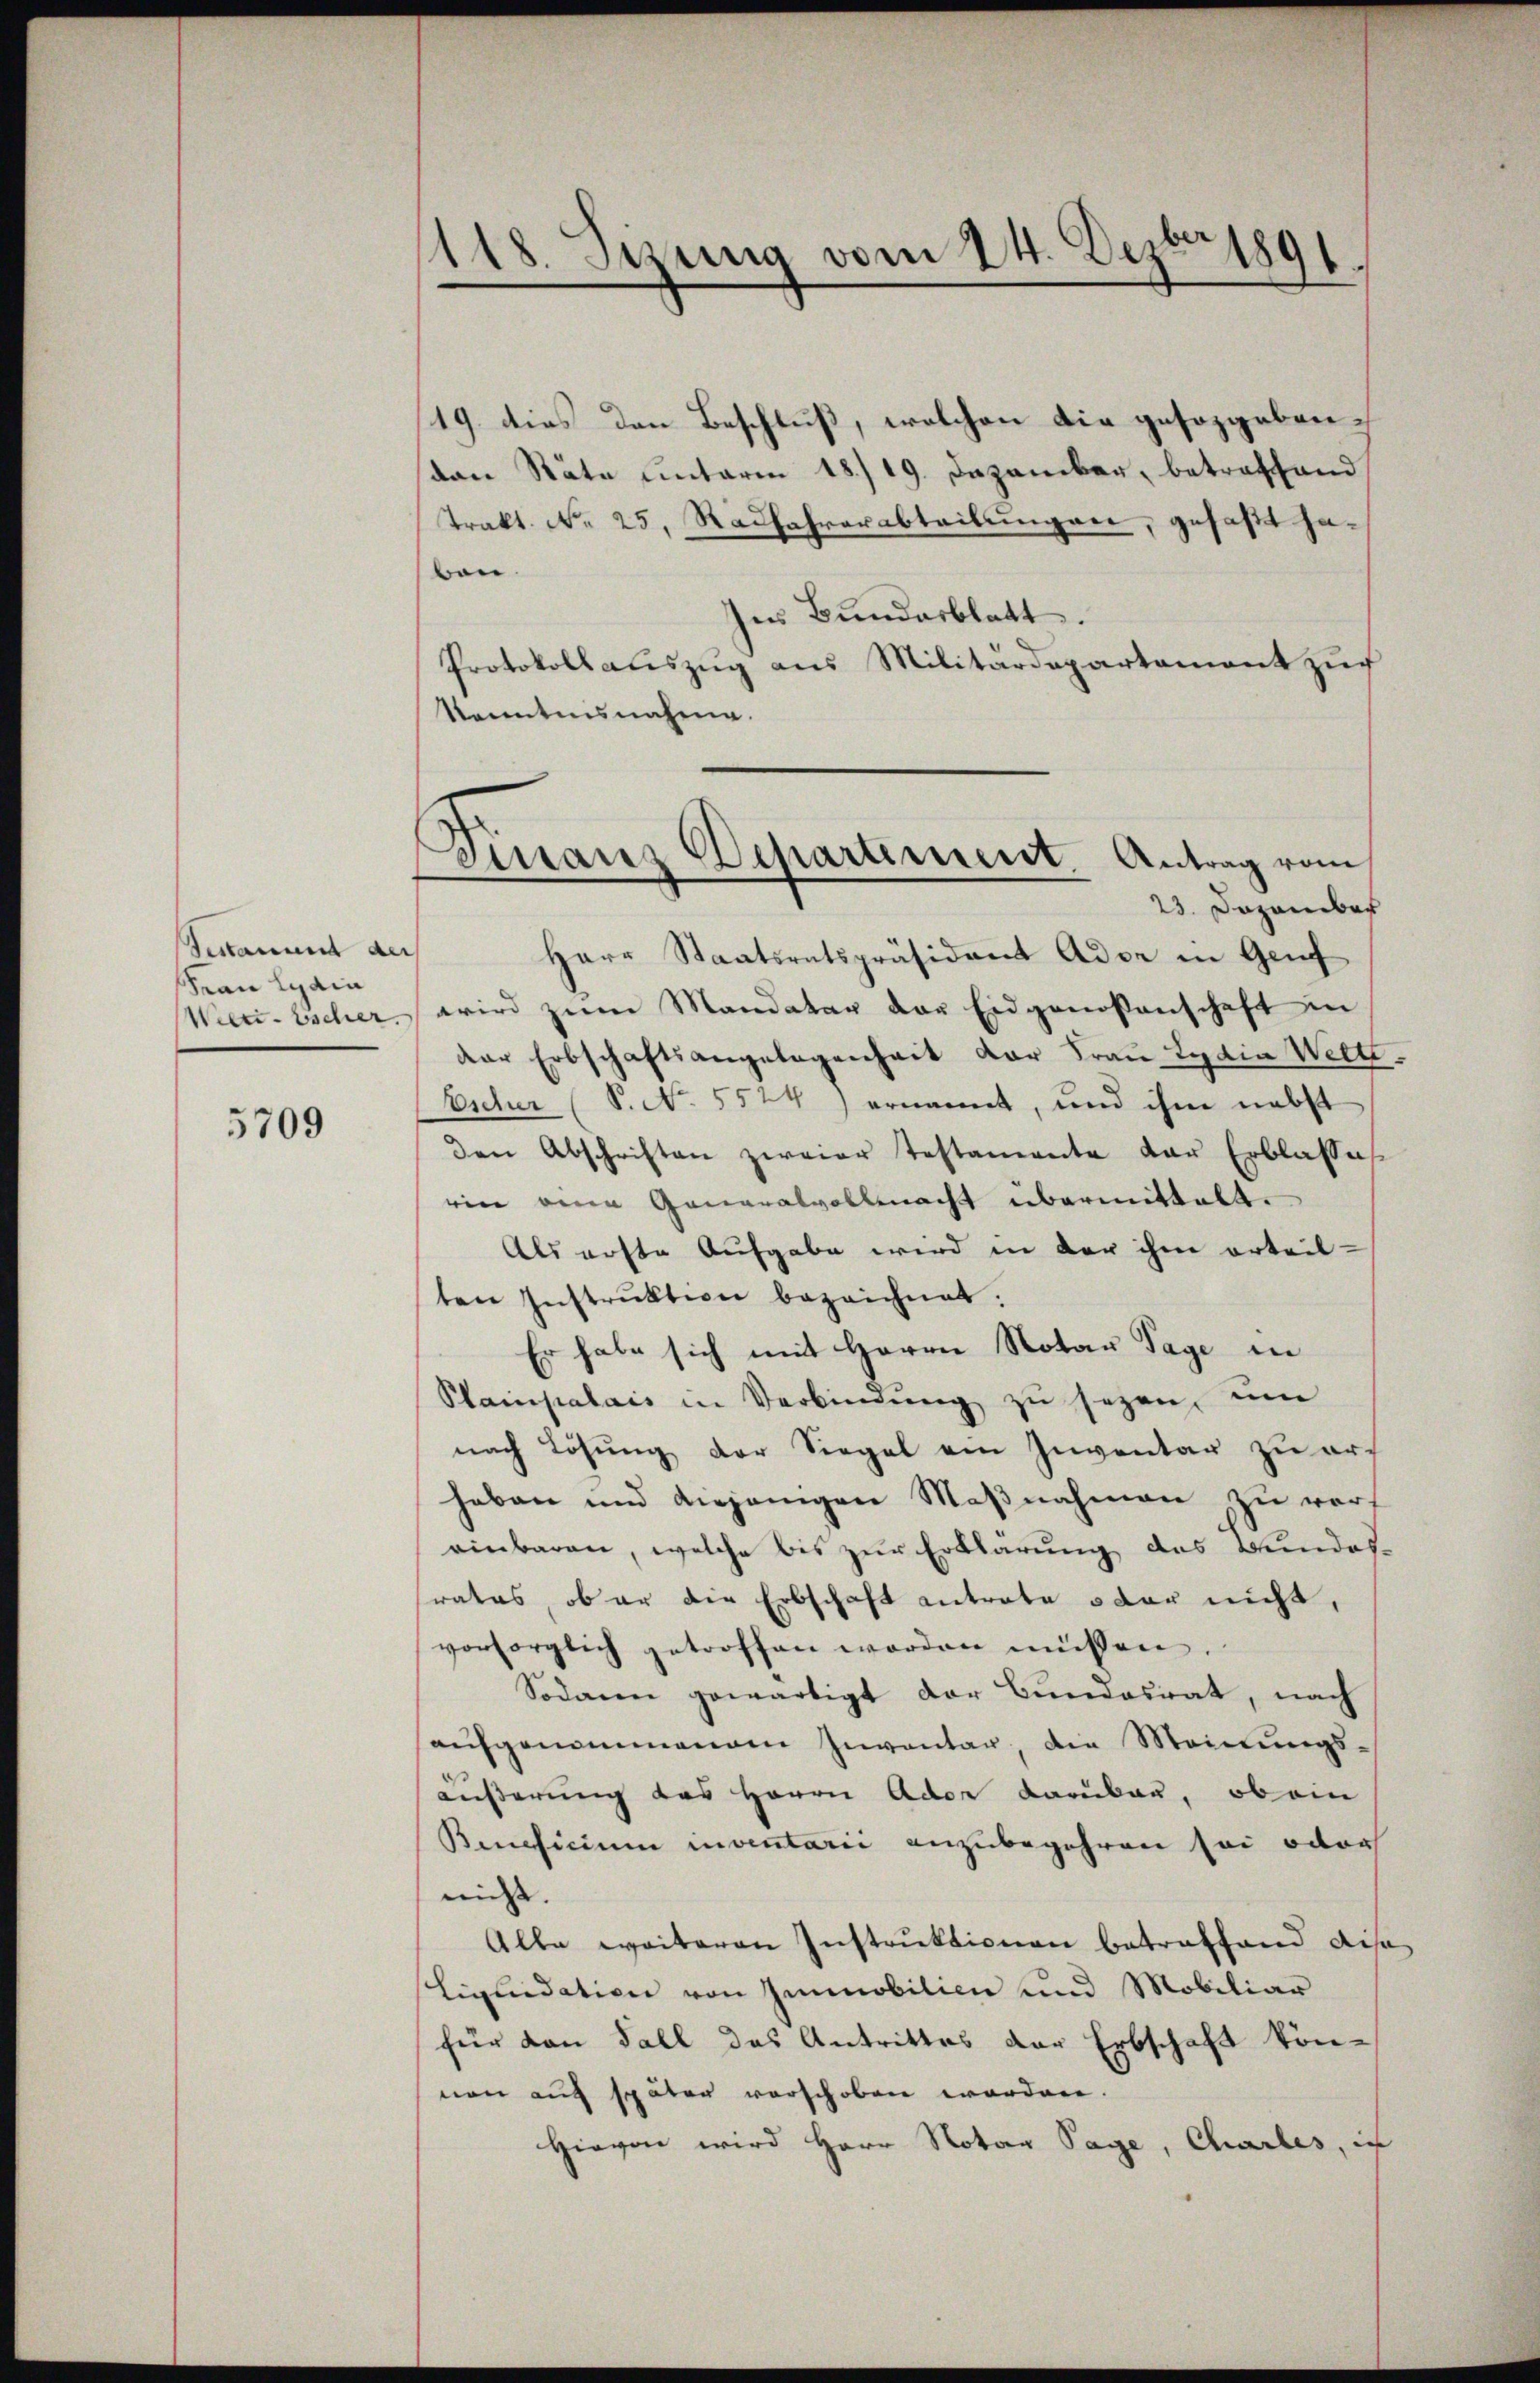
Besammt der
Frau Lyaia
Weeri-Escher.

5709

118. Sitzung vom 24. Dezbr 1891.

19. dies den Beschluß, welchen die gesorgebensten Räte unterm 18./19. Dezember, betreffend
Trakt. N. 25. Radfahrerabteilungen, gefaßt haben.
Ins Bundesblatt.
Protokollauszug aus Militärdepartement zuf
Kenntnisnahme.
Herr Staatsratspräsident Adve in Genf
wird zum Mandatar der Eidgenossenschaft in
der Erbschaftsangelegenheit der Fraŭ Lyaia Welt.
Escher (S. No. 5524, ernannt, und ihm nebst
den Abschriften zweier Testamente der Erblasses
ein eine Generalvollmacht übermittelt.
Als erste Aufgabe wird in der ihm erteil-
ten Instrŭktion bezeichnet.
Er habe sich mit Herrn Notar Tage in
Plampalais in Verbindŭng zŭ sezen, um
nach Lösung der Siegel ein Inventar zu erf
haben und diejenigen Maβnahmen zu warf
einbaren, welche bis zur Erklärung des Bundes-
srates, ob er die Erbschaft antrate u dar nicht,
vorsorglich getroffen worden müssen.
Sodann gewärtigt der Bundesrat, nach
aufgenommenem Inventar, die Meinungs-
äußerung des Herrn Ader Barbar, ob ein
Beneficium inventarii anzubegehren sei oder
nicht.
Alle weiteren Instruktionen betreffend aus
sliquidation von Immobilien und Mobiliar
für den Fall das Antrittes der Erbschaft könnon auf später verschoben worden.
Hievon wird Herr Notar Tage, Charles, ic

Finanz Departement. Antrag vom
23. Dezember